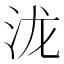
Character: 泷